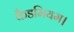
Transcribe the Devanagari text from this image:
कैडमियम।